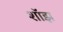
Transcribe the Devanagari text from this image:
शॉझ